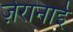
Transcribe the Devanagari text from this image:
ज़ेरानाई